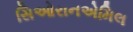
સિઓરાનએમિલ